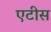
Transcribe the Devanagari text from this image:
एटीस